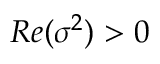
{ \cal R } e ( \sigma ^ { 2 } ) > 0